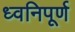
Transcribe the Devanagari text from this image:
ध्वनिपूर्ण